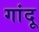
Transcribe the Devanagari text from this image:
गांदू